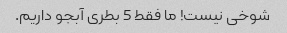
شوخی نیست! ما فقط 5 بطری آبجو داریم.